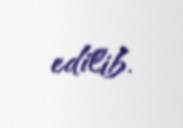
edilib.